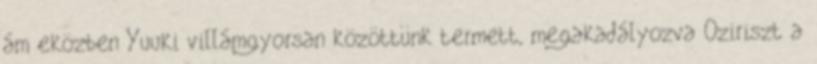
ám eközben Yuuki villámgyorsan közöttünk termett, megakadályozva Oziriszt a